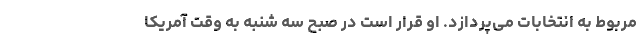
مربوط به انتخابات می‌پردازد. او قرار است در صبح سه شنبه به وقت آمریکا